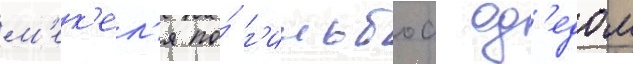
м'ек'ел'я по́ г'ильбоа од'едом